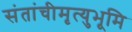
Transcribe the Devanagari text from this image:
संतांचीमृत्युभूमि